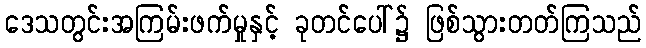
ဒေသတွင်းအကြမ်းဖက်မှုနှင့် ခုတင်ပေါ်၌ ဖြစ်သွားတတ်ကြသည်